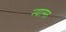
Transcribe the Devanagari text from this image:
न्यास्त